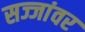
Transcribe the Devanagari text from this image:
सज्जांवर